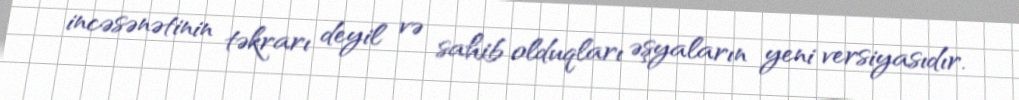
incəsənətinin təkrarı deyil və sahib olduqları əşyaların yeni versiyasıdır.